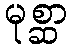
မုစ္ဆာ